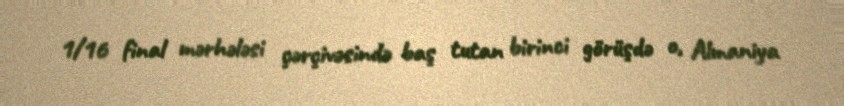
1/16 final mərhələsi çərçivəsində baş tutan birinci görüşdə o, Almaniya